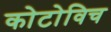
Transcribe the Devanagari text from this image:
कोटोविच